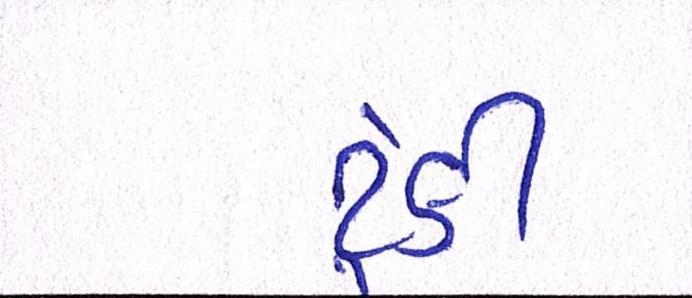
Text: ટૂંકી